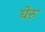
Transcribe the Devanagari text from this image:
घेरु